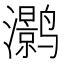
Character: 𮹛